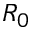
R _ { 0 }